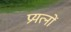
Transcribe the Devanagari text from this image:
प्रयत्‍नों